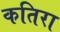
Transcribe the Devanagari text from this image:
कतिरा